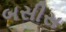
બસીસ